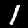
Digit: 1